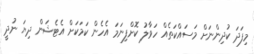
މިފަދަ ކުދިންނަށް މަސައްކަތެއް ހަވާލު ކޮށްފިނަމަ އެހެން ކަމަކަށް އެޓެޝަން ދިޔަ ނުދީ